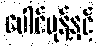
ပေါင်မုန့်နှင့်